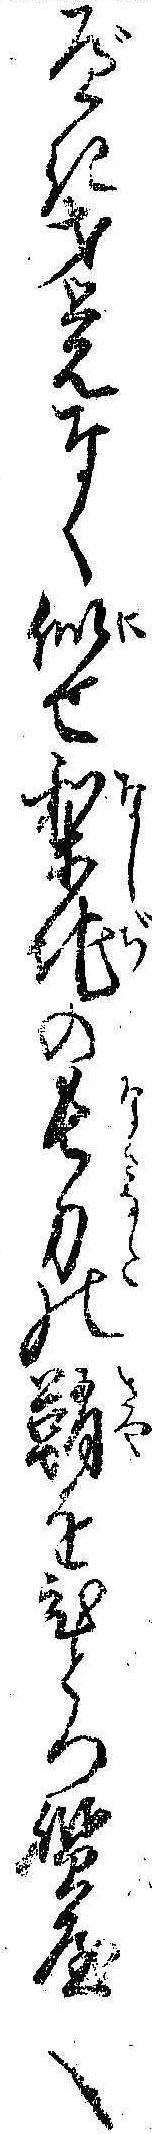
べき才覚なく似せ梨地の長刀の鞘をひとつ質屋へ